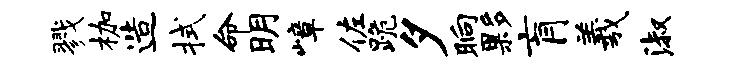
戮枷造拭命明嶂佐跪夕晌夥肓羲淑